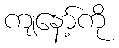
ကျနော့်ကို